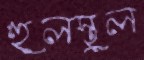
হুলস্থুল